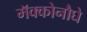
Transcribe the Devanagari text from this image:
मॅक्कोनौघे